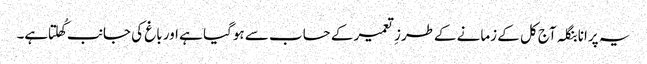
یہ پرانا بنگلہ آج کل کے زمانے کےطرزِ تعمیر کے حساب سے ہوگیا ہے اور باغ کی جانب کُھلتا ہے۔